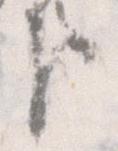
臣